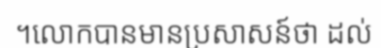
។លោកបានមានប្រសាសន៍ថា ដល់